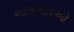
આપનારઓ